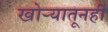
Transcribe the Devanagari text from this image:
खोर्‍यातूनही